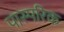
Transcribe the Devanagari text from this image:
पास्‍परिक